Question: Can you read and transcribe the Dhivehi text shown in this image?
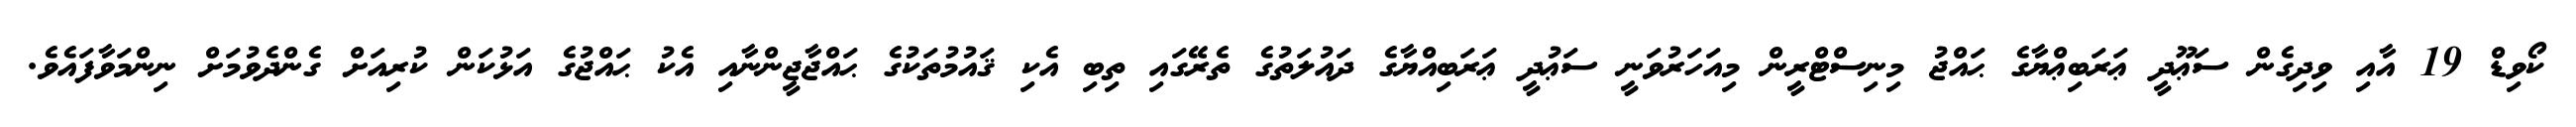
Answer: ކޯވިޑް 19 އާއި ވިދިގެން ސަޢޫދީ ޢަރަބިޢްޔާގެ ޙައްޖު މިނިސްޓްރީން މިއަހަރުވަނީ ސަޢުދީ ޢަރަބިއްޔާގެ ދައުލަތުގެ ތެރޭގައި ތިބި އެކި ޤައުމުތަކުގެ ޙައްޖާޖީންނާއި އެކު ޙައްޖުގެ އަޅުކަން ކުރިއަށް ގެންދެވުމަށް ނިންމަވާފައެވެ.